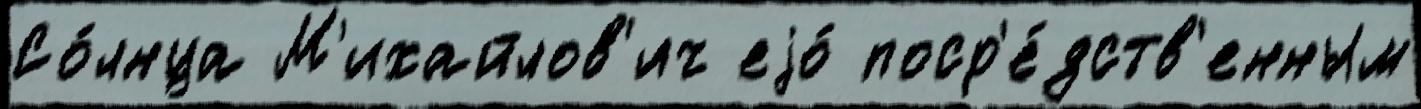
Со́лнца М'ихайлов'ич еjо́ поср'е́дств'енным